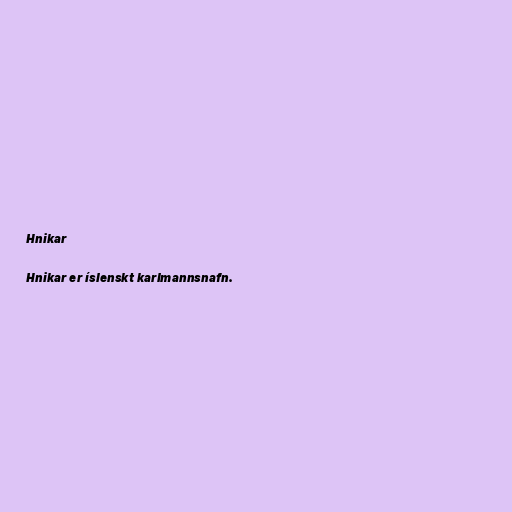
Hnikar

Hnikar er íslenskt karlmannsnafn.